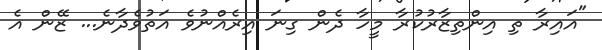
"އައިރާ ތި އިންތިޒާރުކުރާ މީހާ ދެން ގިނަ އިރެއްނުވެ އަތުވެދާނެ... ޒޭން އެ